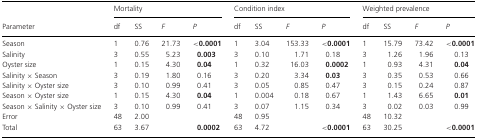
|  | <COLSPAN=4> Mortality | <COLSPAN=4> Condition index | <COLSPAN=4> Weighted prevalence |
 | Parameter | df | SS | F | P | df | SS | F | P | df | SS | F | P |
 | --- | --- | --- | --- | --- | --- | --- | --- | --- | --- | --- | --- | --- |
 | Season | 1 | 0.76 | 21.73 | <0.0001 | 1 | 3.04 | 153.33 | <0.0001 | 1 | 15.79 | 73.42 | <0.0001 |
 | Salinity | 3 | 0.55 | 5.23 | 0.003 | 3 | 0.10 | 1.71 | 0.18 | 3 | 1.26 | 1.96 | 0.13 |
 | Oyster size | 1 | 0.15 | 4.30 | 0.04 | 1 | 0.32 | 16.03 | 0.0002 | 1 | 0.93 | 4.31 | 0.04 |
 | Salinity × Season | 3 | 0.19 | 1.80 | 0.16 | 3 | 0.20 | 3.34 | 0.03 | 3 | 0.35 | 0.53 | 0.66 |
 | Salinity × Oyster size | 3 | 0.10 | 0.99 | 0.41 | 3 | 0.05 | 0.85 | 0.47 | 3 | 0.15 | 0.24 | 0.87 |
 | Season × Oyster size | 1 | 0.15 | 4.30 | 0.04 | 1 | 0.004 | 0.18 | 0.67 | 1 | 1.43 | 6.65 | 0.01 |
 | Season × Salinity × Oyster size | 3 | 0.10 | 0.99 | 0.41 | 3 | 0.07 | 1.15 | 0.34 | 3 | 0.02 | 0.03 | 0.99 |
 | Error | 48 | 2.00 |  |  | 48 | 0.95 |  |  | 48 | 10.32 |  |  |
 | Total | 63 | 3.67 |  | 0.0002 | 63 | 4.72 |  | <0.0001 | 63 | 30.25 |  | <0.0001 |